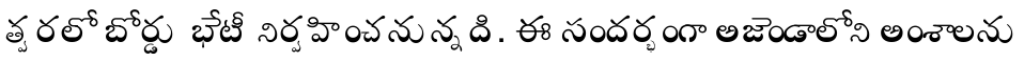
త్వరలో బోర్డు భేటీ నిర్వహించనున్నది. ఈ సందర్భంగా అజెండాలోని అంశాలను